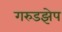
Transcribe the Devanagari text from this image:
गरुडझेप